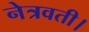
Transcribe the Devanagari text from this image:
नेत्रवती।